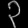
Digit: ၃